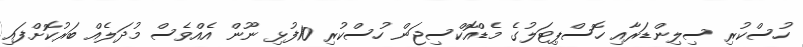
ހުސްކުރި ސިލިންޑަރާއި ހޮސްޕިޓަލުގެ މެޑްއޮކްސިޖަން ހުސްކުރި 10ފުޅި ނޫން އެއްވެސް މުދަލެއް ބަރުކޮށްފައި